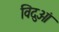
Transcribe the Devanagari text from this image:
विदुओं